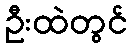
ဦးထဲတွင်